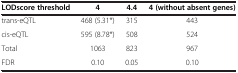
| LODscore threshold | 4 | 4.4 | 4 (without absent genes) |
 | --- | --- | --- | --- |
 | trans-eQTL | 468 (5.31*) | 315 | 443 |
 | cis-eQTL | 595 (8.78*) | 508 | 524 |
 | Total | 1063 | 823 | 967 |
 | FDR | 0.10 | 0.05 | 0.10 |